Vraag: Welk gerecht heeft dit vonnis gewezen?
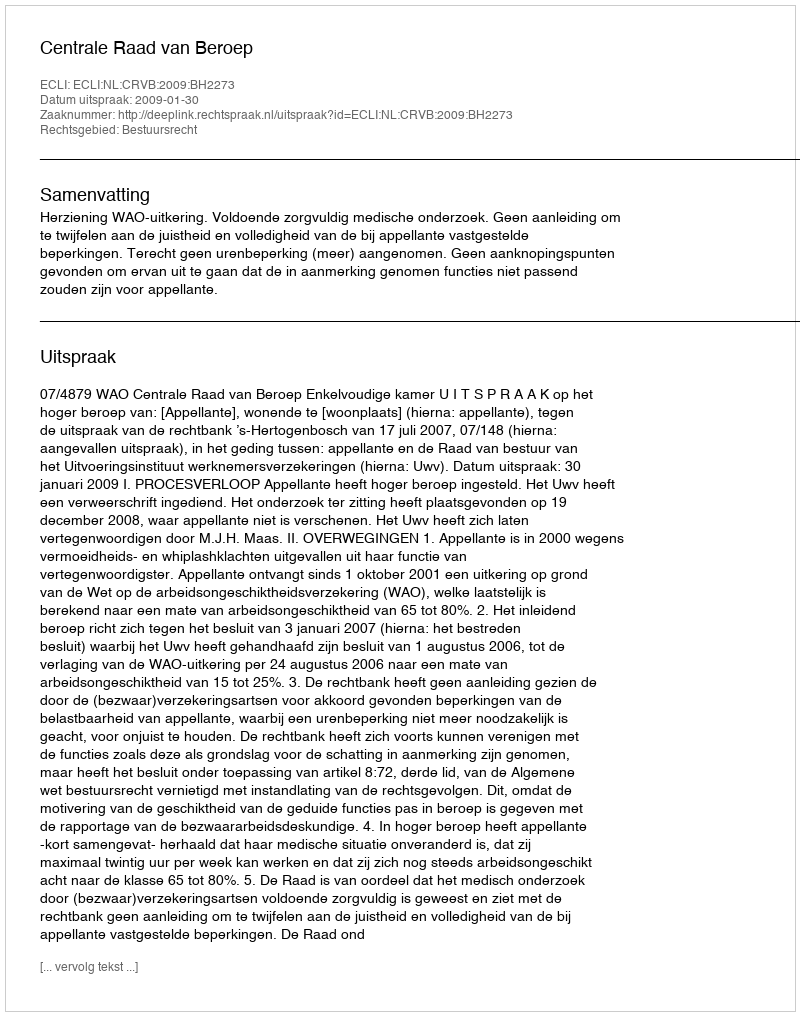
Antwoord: Centrale Raad van Beroep